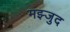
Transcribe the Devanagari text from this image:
मझ्जुद